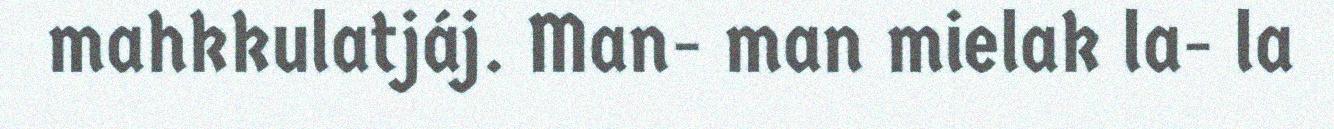
mahkkulatjáj. Man- man mielak la- la